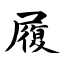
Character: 履